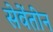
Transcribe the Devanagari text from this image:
सेवेंतीन